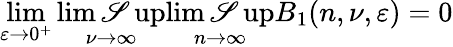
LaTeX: \operatorname*{lim}_{\varepsilon\rightarrow0^{+}}\operatorname*{lim\mathscr{S}up}_{\nu\rightarrow\infty}\operatorname*{lim\mathscr{S}up}_{n\rightarrow\infty}B_{1}(n,\nu,\varepsilon)=0